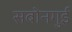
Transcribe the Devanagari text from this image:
सबोनगुई